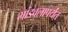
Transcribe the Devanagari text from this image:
भांडवलापर्यंत